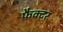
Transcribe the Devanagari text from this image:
फैक्‍टर